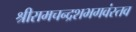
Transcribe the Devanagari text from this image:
श्रीरामचन्द्रशभगवंस्तव